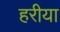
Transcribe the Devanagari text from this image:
हरीया